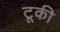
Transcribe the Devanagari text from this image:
टूकी